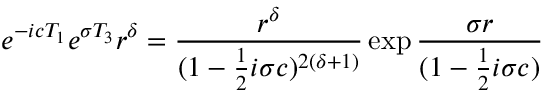
e ^ { - i c T _ { 1 } } e ^ { \sigma T _ { 3 } } r ^ { \delta } = { \frac { r ^ { \delta } } { ( 1 - { \frac { 1 } { 2 } } i \sigma c ) ^ { 2 ( \delta + 1 ) } } } \exp { { \frac { \sigma r } { ( 1 - { \frac { 1 } { 2 } } i \sigma c ) } } }